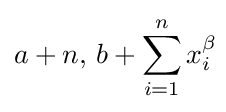
a+n,\,b+\sum _{i=1}^{n}x_{i}^{\beta }\!